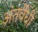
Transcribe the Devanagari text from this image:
अंतर्वेधी